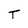
Character: T